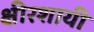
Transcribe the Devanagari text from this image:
क्षीरशायी